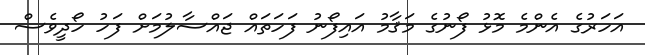
އަހަރުގެ އެންމެ މޮޅު ފޯނުގެ މަޤާމު އައިފޯނު ފަހަތައް ޖައްސާލުމަށް ފަހު ހޯދީވެސް